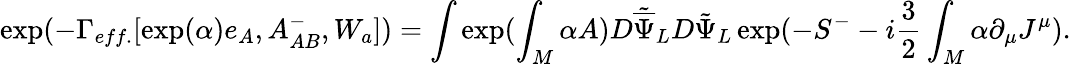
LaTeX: \exp(-\Gamma_{eff.}[\exp({\alpha})e_{A},A_{AB}^{-},W_{a}])=\int\exp(\int_{M}\alpha A)D{\tilde{\overline{{\Psi}}}}_{L}D{\tilde{\Psi}}_{L}\exp(-S^{-}-i\frac{3}{2}\int_{M}\alpha\partial_{\mu}J^{\mu}).